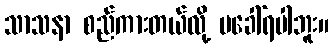
သာသနာ စည်ကားတယ်လို့ မခေါ်ရပါဘူး။